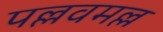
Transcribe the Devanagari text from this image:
पल्लवमल्ल